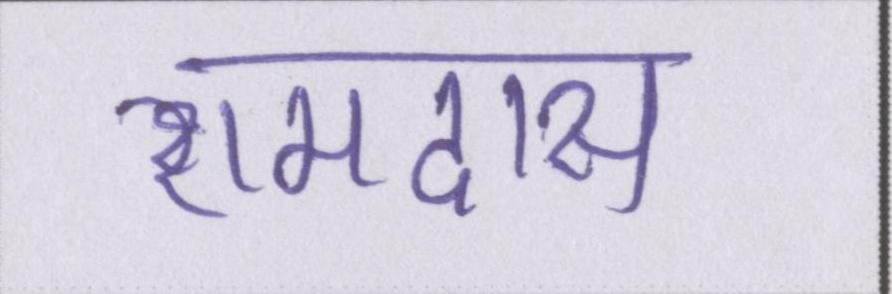
रामदास